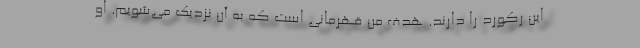
این رکورد را دارند. هدف من قهرمانی است که به آن نزدیک می‌شویم. او